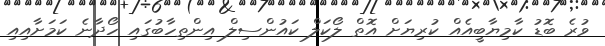
ވުރެ ބޮޑު ކާމިޔާބީއެއް ކުރިޔަށް އޮތް ލޯކަލް ކައުންސިލް އިންތިހާބުގައި ހޯދާނެ ކަމަށާއިއި